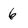
Character: 6